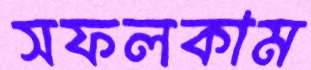
সফলকাম